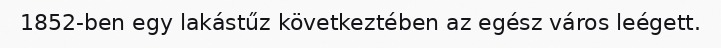
1852-ben egy lakástűz következtében az egész város leégett.